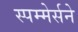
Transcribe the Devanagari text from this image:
स्पम्मेर्सने